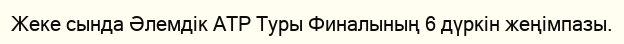
Жеке сында Әлемдік ATP Туры Финалының 6 дүркін жеңімпазы.